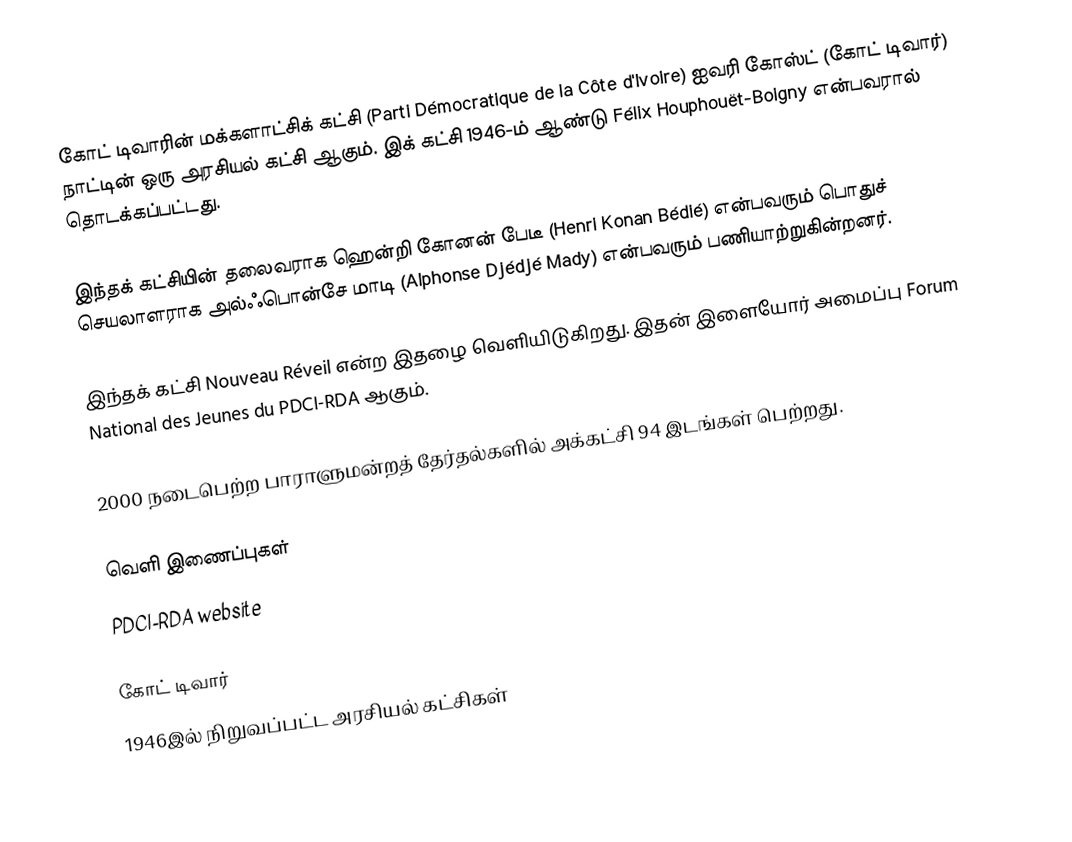
கோட் டிவாரின் மக்களாட்சிக் கட்சி (Parti Démocratique de la Côte d'Ivoire) ஐவரி கோஸ்ட் (கோட் டிவார்) நாட்டின் ஒரு அரசியல் கட்சி ஆகும். இக் கட்சி 1946-ம் ஆண்டு Félix Houphouët-Boigny என்பவரால் தொடக்கப்பட்டது.

இந்தக் கட்சியின் தலைவராக ஹென்றி கோனன் பேடீ (Henri Konan Bédié) என்பவரும் பொதுச் செயலாளராக அல்ஃபொன்சே மாடி (Alphonse Djédjé Mady) என்பவரும் பணியாற்றுகின்றனர்.

இந்தக் கட்சி Nouveau Réveil என்ற இதழை வெளியிடுகிறது. இதன் இளையோர் அமைப்பு Forum National des Jeunes du PDCI-RDA ஆகும்.

2000 நடைபெற்ற பாராளுமன்றத் தேர்தல்களில் அக்கட்சி 94 இடங்கள் பெற்றது.

வெளி இணைப்புகள்
 PDCI-RDA website

கோட் டிவார்
1946இல் நிறுவப்பட்ட அரசியல் கட்சிகள்